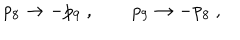
LaTeX: p _ { 8 } \to - p _ { 9 } \ , \qquad p _ { 9 } \to - p _ { 8 } \ ,